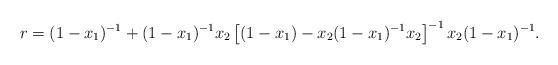
LaTeX: \begin{align*} r = (1-x_1)^{-1} + (1-x_1)^{-1}x_2 \left [(1-x_1)-x_2(1-x_1)^{-1}x_2 \right ]^{-1} x_2(1-x_1)^{-1}.\end{align*}